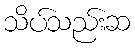
သိပ်သည်းဆ